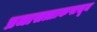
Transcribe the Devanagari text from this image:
प्रजासत्ताकपासून